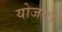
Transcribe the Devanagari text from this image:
योजगा